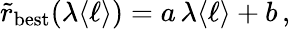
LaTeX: \tilde{r}_{\mathrm{best}}(\lambda\langle\ell\rangle)=a\, \lambda\langle\ell\rangle+b\, ,